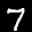
Label: 7